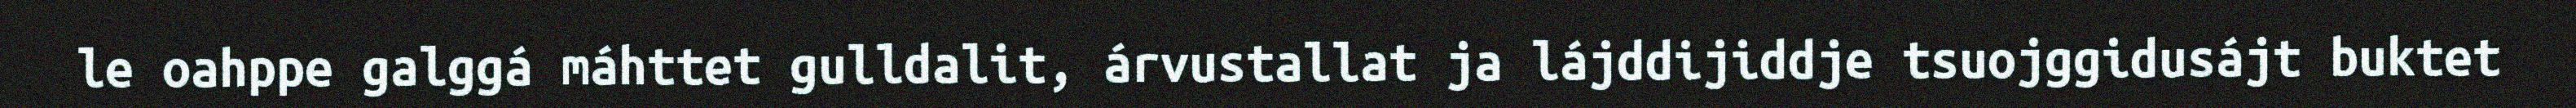
le oahppe galggá máhttet gulldalit, árvustallat ja lájddijiddje tsuojggidusájt buktet